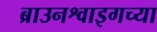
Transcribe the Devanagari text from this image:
ब्राउनश्वाइगच्या